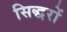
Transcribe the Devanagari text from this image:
सिद्धरों